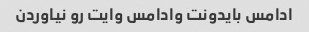
ادامس بایدونت وادامس وایت رو نیاوردن